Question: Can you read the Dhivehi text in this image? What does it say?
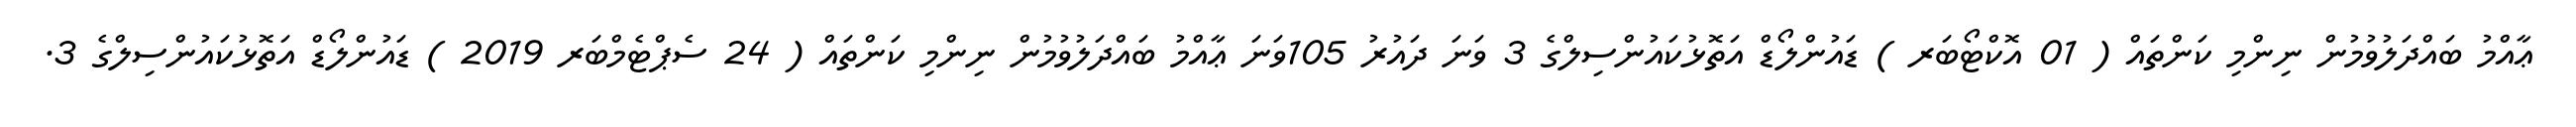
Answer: ޢާއްމު ބައްދަލުވުމުން ނިންމި ކަންތައް ( 01 އޮކްޓޯބަރ ) ޑައުންލޯޑް އަތޮޅުކައުންސިލްގެ 3 ވަނަ ދައުރު 105ވަނަ ޢާއްމު ބައްދަލުވުމުން ނިންމި ކަންތައް ( 24 ސެޕްޓެމްބަރ 2019 ) ޑައުންލޯޑް އަތޮޅުކައުންސިލްގެ 3.